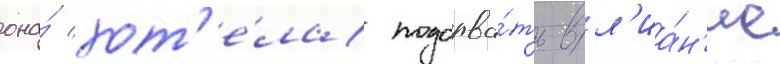
она́ хот'е́ла подорва́ть вл'иа́н'ие